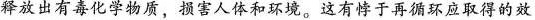
释放出有毒化学物质，害人体和环境。这有悖于再循环应取得的效